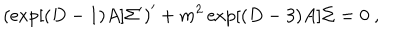
\left( \exp [ ( D - 1 ) A ] \Sigma ^ { \prime } \right) ^ { \prime } + m ^ { 2 } \exp [ ( D - 3 ) A ] \Sigma = 0 ~ ,